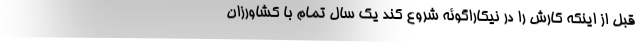
قبل از اینکه کارش را در نیکاراگوئه شروع کند یک سال تمام با کشاورزانِ